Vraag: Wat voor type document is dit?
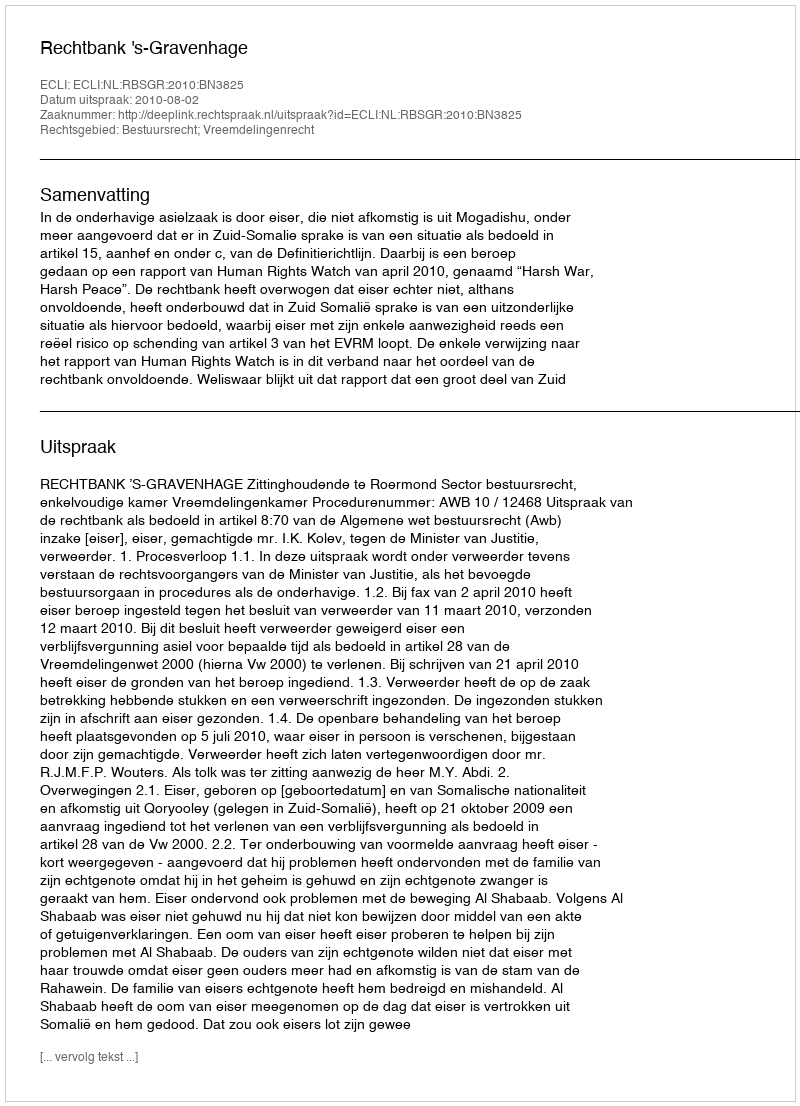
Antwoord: Uitspraak